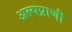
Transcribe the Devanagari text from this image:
अल्पप्राणी